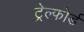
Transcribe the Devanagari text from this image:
ट्रेल्फोर्ड